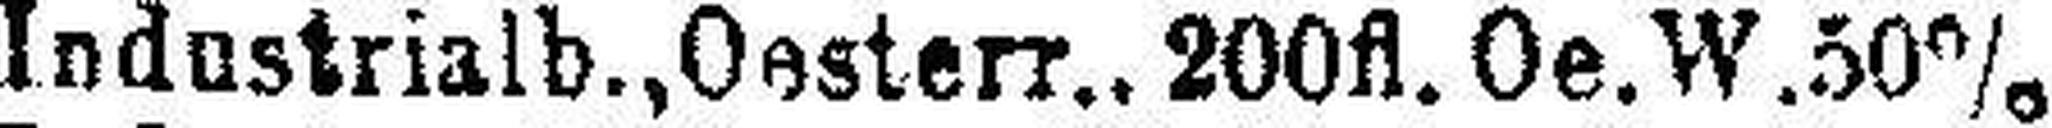
Industrialb., Oesterr., 200fl. Oe. W. 50%